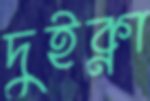
দুইক্না